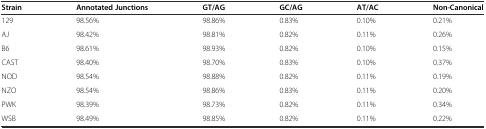
| Strain | Annotated Junctions | GT/AG | GC/AG | AT/AC | Non-Canonical |
 | --- | --- | --- | --- | --- | --- |
 | 129 | 98.56% | 98.86% | 0.83% | 0.10% | 0.21% |
 | AJ | 98.42% | 98.81% | 0.82% | 0.11% | 0.26% |
 | B6 | 98.61% | 98.93% | 0.82% | 0.10% | 0.15% |
 | CAST | 98.40% | 98.70% | 0.83% | 0.10% | 0.37% |
 | NOD | 98.54% | 98.88% | 0.82% | 0.11% | 0.19% |
 | NZO | 98.54% | 98.86% | 0.83% | 0.11% | 0.20% |
 | PWK | 98.39% | 98.73% | 0.82% | 0.11% | 0.34% |
 | WSB | 98.49% | 98.85% | 0.82% | 0.11% | 0.22% |